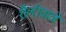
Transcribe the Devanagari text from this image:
शैलीवाले